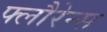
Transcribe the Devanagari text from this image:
फ्लौरेन्स